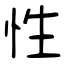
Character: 性